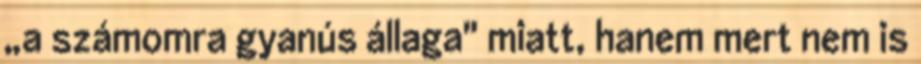
„a számomra gyanús ál­la­ga" miatt, hanem mert nem is